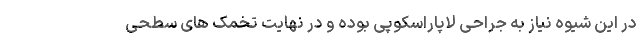
در این شیوه نیاز به جراحی لاپاراسکوپی بوده و در نهایت تخمک های سطحی